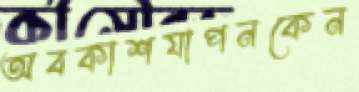
অবকাশযাপনকেন